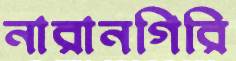
নারানগিরি